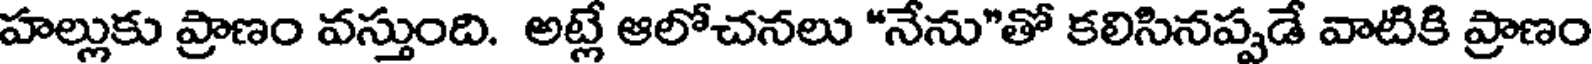
హల్లుకు ప్రాణం వస్తుంది. అట్లే ఆలోచనలు "నేను"తో కలిసినప్పడే వాటికి ప్రాణం